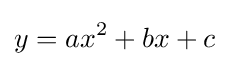
y=ax^{2}+bx+c\;